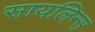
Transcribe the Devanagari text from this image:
सायलिन्स